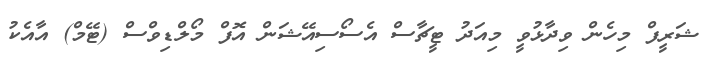
ޝަރީފް މިހެން ވިދާޅުވީ މިއަދު ޓީޗާސް އެސޯސިއޭޝަން އޮފް މޯލްޑިވްސް (ޓޭމް) އާއެކު